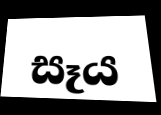
සෑය